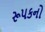
રૂપકનો